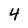
Character: 4